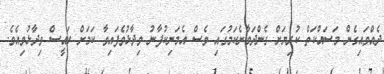
ދެއްވައިގެން މަސައްކަތް ކުރިޔަށް ގެންދަވާނެކަމުގައި ވެސް އެމަނިކުފާނު ވިދާޅުވެފައިވާ ކަމަށް ރައީސް ވިދާޅުވިއެވެ.